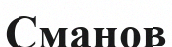
Сманов